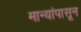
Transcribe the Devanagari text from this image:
मान्यांपासून